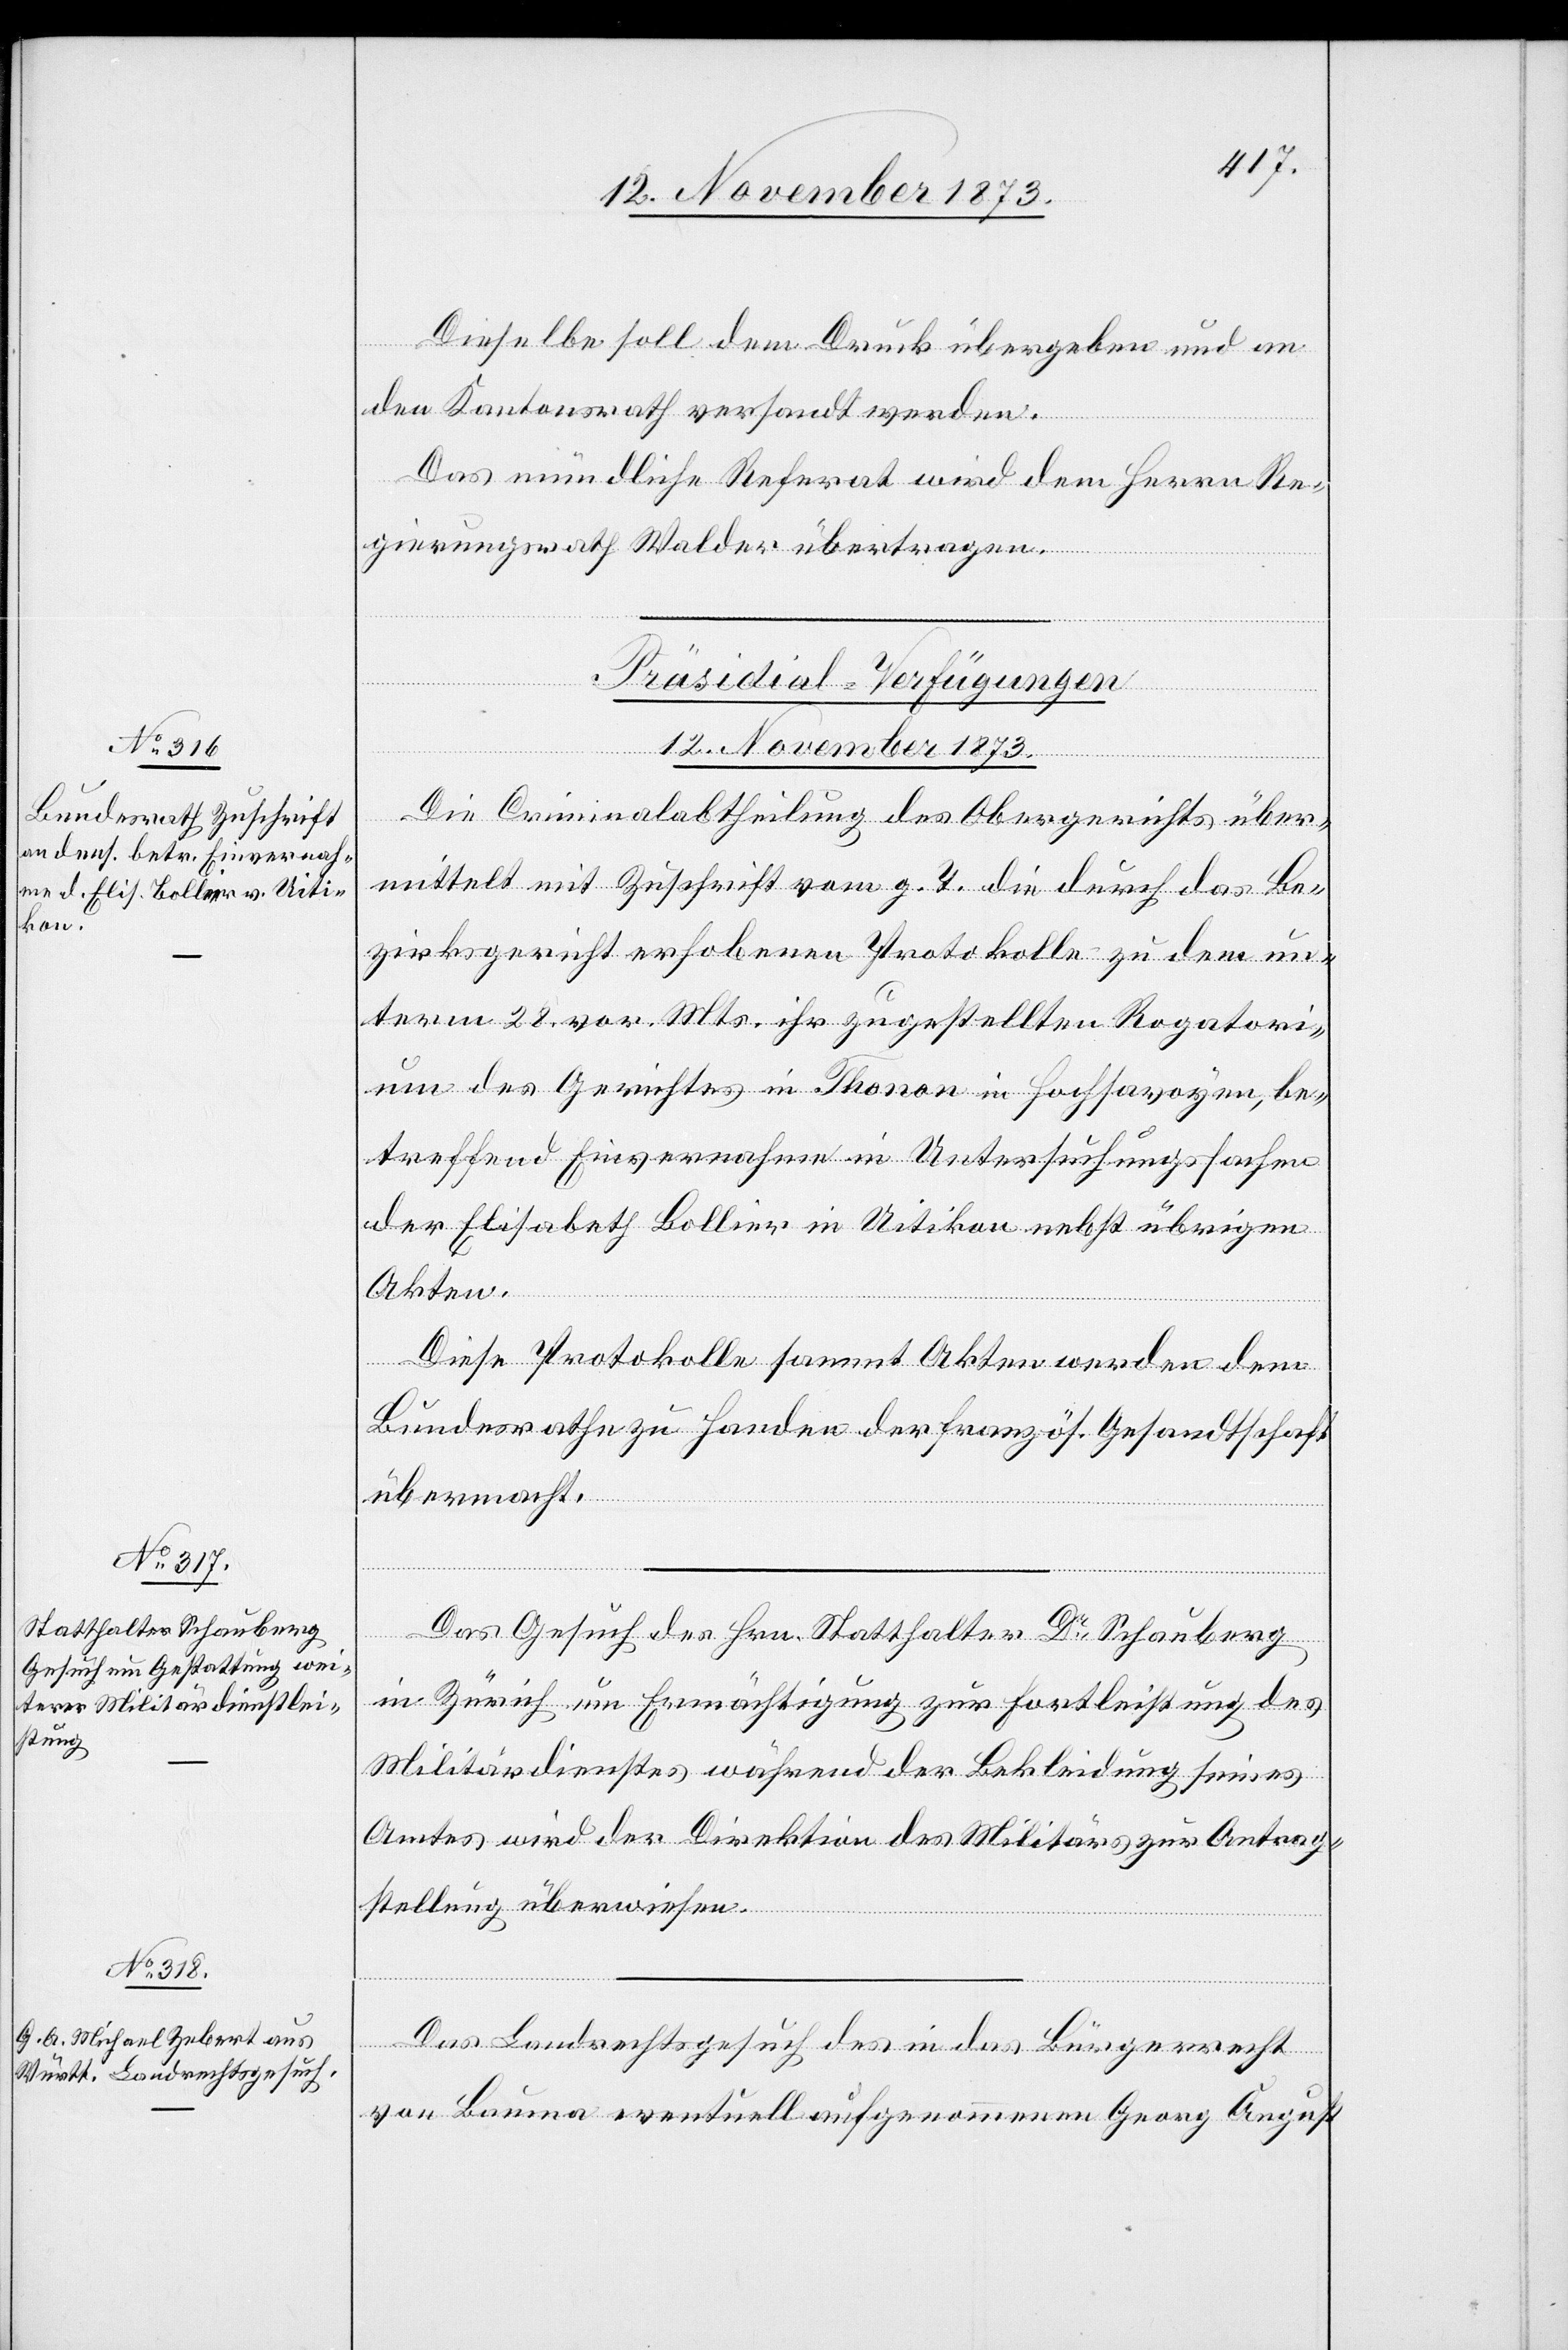
Dieselbe soll dem Druck übergeben und an
den Kantonsrath versandt werden.
Das mündliche Referat wird dem Herrn Re¬
gierungsrath Walder übertragen.
[Präsidial-Verfügungen
12. November 1873.]
Die Criminalabtheilung des Obergerichts über¬
mittelt mit Zuschrift vom g. T. die durch das Be¬
zirksgericht erhobenen Protokolle zu dem un¬
term 28. vor. Mts. ihr zugestellten Rogatori¬
um des Gerichtes in Thonon in Hochsavoyen, be¬
treffend Einvernahme in Untersuchungssachen
der Elisabeth Bollier in Uitikon nebst übrigen
Akten.
Diese Protokolle sammt Akten werden dem
Bundesrathe zu Handen der französ. Gesandtschaft
übermacht.
Das Gesuch des Hrn. Statthalter Dr Schauberg
in Zürich um Ermächtigung zur Fortleistung des
Militärdienstes während der Bekleidung seines
Amtes wird der Direktion des Militärs zur Antrag¬
stellung überwiesen.
Das Landrechtsgesuch des in das Bürgerrecht
von Bauma eventuell aufgenommenen Georg August